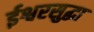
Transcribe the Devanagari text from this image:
ईश्वरसुद्धा